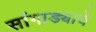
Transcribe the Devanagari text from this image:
सांगाड्याचे